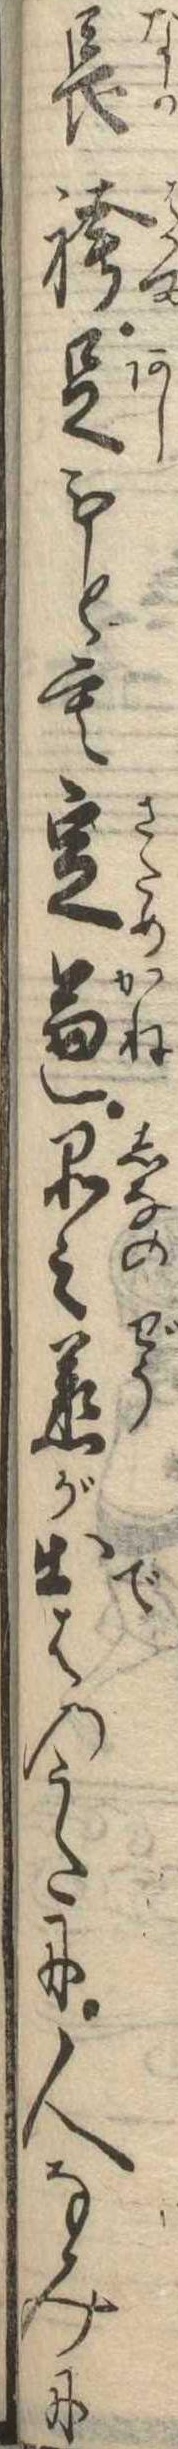
長袴足もとも定兼品之丞が出はのうたに人なみに